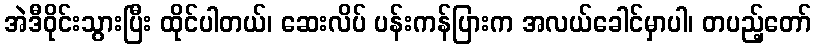
အဲဒီဝိုင်းသွားပြီး ထိုင်ပါတယ်၊ ဆေးလိပ် ပန်းကန်ပြားက အလယ်ခေါင်မှာပါ၊ တပည့်တော်